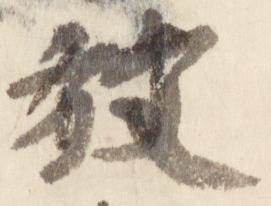
放